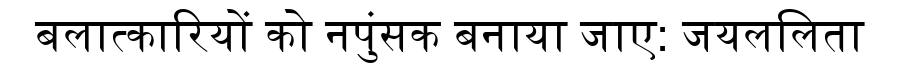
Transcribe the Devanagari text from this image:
बलात्कारियों को नपुंसक बनाया जाए: जयललिता